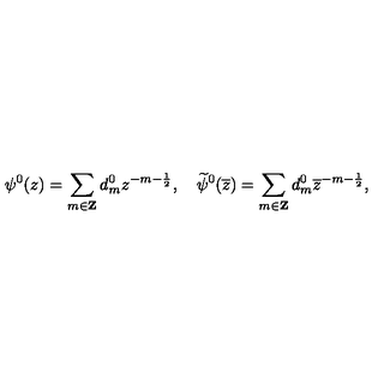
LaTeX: \psi ^ { 0 } ( z ) = \sum _ { m \in { \bf Z } } d _ { m } ^ { 0 } z ^ { - m - \frac { 1 } { 2 } } , \quad \widetilde { \psi } ^ { 0 } ( \overline { { z } } ) = \sum _ { m \in { \bf Z } } d _ { m } ^ { 0 } \overline { { z } } ^ { - m - \frac { 1 } { 2 } } ,